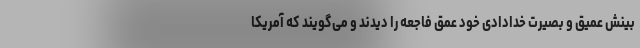
بینش عمیق و بصیرت خدادادی خود عمق فاجعه را دیدند و می‌گویند که آمریکا